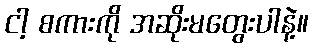
ငါ့ စကားကို အဆိုးမတွေးပါနဲ့။